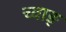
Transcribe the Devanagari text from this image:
च्वाङ्